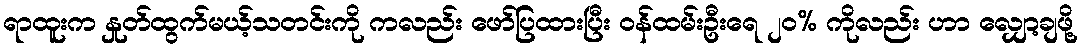
ရာထူးက နှုတ်ထွက်မယ့်သတင်းကို ကလည်း ဖော်ပြထားပြီး ဝန်ထမ်းဦးရေ ၂၀% ကိုလည်း ဟာ လျှော့ချဖို့